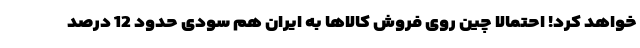
خواهد کرد! احتمالا چین روی فروش کالاها به ایران هم سودی حدود 12 درصد